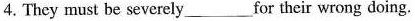
4.They must be severely___for their wrong doing.